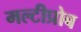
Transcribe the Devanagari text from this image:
मल्टीप्रोब